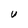
Character: U